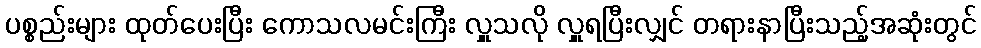
ပစ္စည်းများ ထုတ်ပေးပြီး ကောသလမင်းကြီး လှူသလို လှူရပြီးလျှင် တရားနာပြီးသည့်အဆုံးတွင်